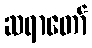
ဆရာတော်